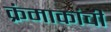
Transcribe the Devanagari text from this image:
क्रंमाकांची